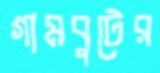
গামবুটের